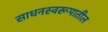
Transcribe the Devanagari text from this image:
साधनस्वरूपातील